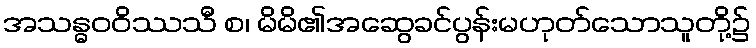
အသန္ဓဝဝိဿသီ စ၊ မိမိ၏အဆွေခင်ပွန်းမဟုတ်သောသူတို့၌